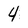
Character: 4